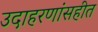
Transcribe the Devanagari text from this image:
उदाहरणांसहीत